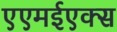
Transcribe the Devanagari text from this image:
एएमईएक्स